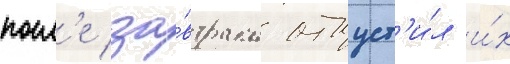
посл'е за́втрака отпуст'и́л и́х